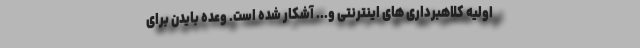
اولیه کلاهبرداری های اینترنتی و... آشکار شده است. وعده بایدن برای